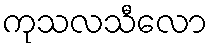
ကုသလသီလော